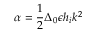
\alpha = \frac { 1 } { 2 } \Delta _ { 0 } \epsilon h _ { i } k ^ { 2 }